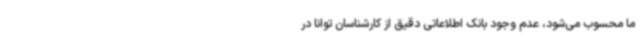
ما محسوب می‌شود، عدم وجود بانک اطلاعاتی دقیق از کارشناسان توانا در